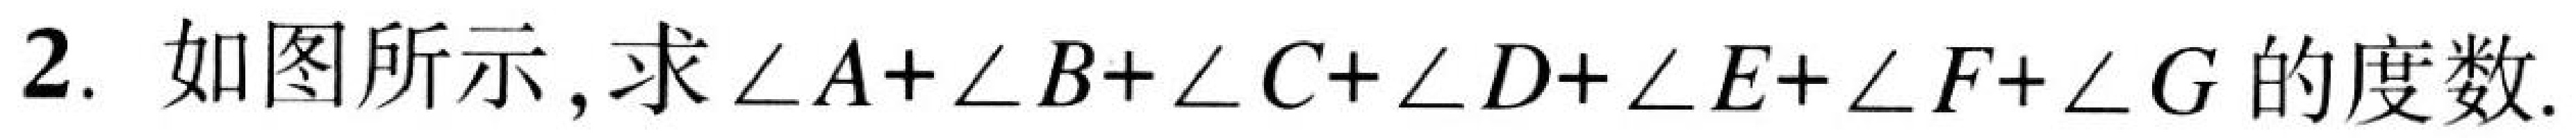
2. 如图所示,求\(\angle A+\angle B+\angle C+\angle D+\angle E+\angle F+\angle G\)的度数.